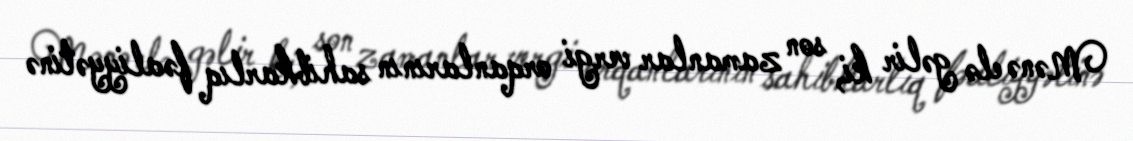
Mənə elə gəlir ki, son zamanlar vergi orqanlarının sahibkarlıq fəaliyyətinə